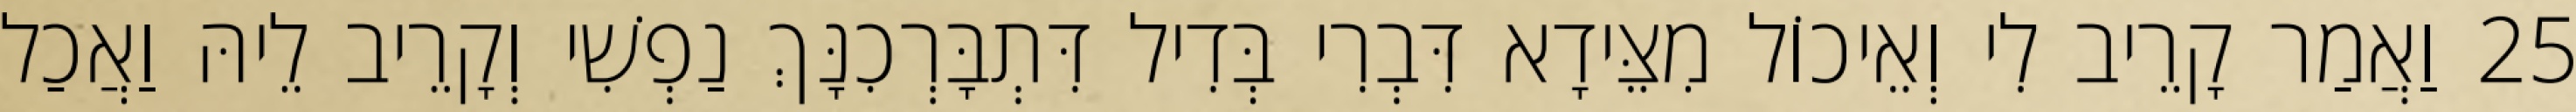
25 וַאֲמַר קָרֵיב לִי וְאֵיכוֹל מִצֵּידָא דִּבְרִי בְּדִיל דִּתְבָּרְכִנָּךְ נַפְשִׁי וְקָרֵיב לֵיהּ וַאֲכַל